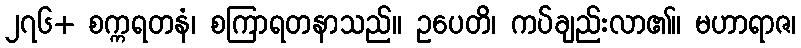
၂၇၆+ စက္ကရတနံ၊ စကြာရတနာသည်။ ဥပေတိ၊ ကပ်ချည်းလာ၏။ မဟာရာဇ၊